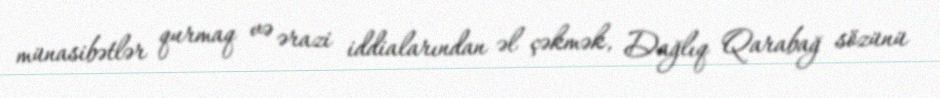
münasibətlər qurmaq və ərazi iddialarından əl çəkmək, Dağlıq Qarabağ sözünü